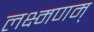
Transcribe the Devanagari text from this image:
लक्ष्मणम्